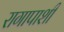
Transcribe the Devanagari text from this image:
रागापाशी